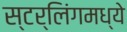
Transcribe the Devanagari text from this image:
स्टर्लिंगमध्ये